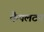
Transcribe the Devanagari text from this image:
कैपलटन